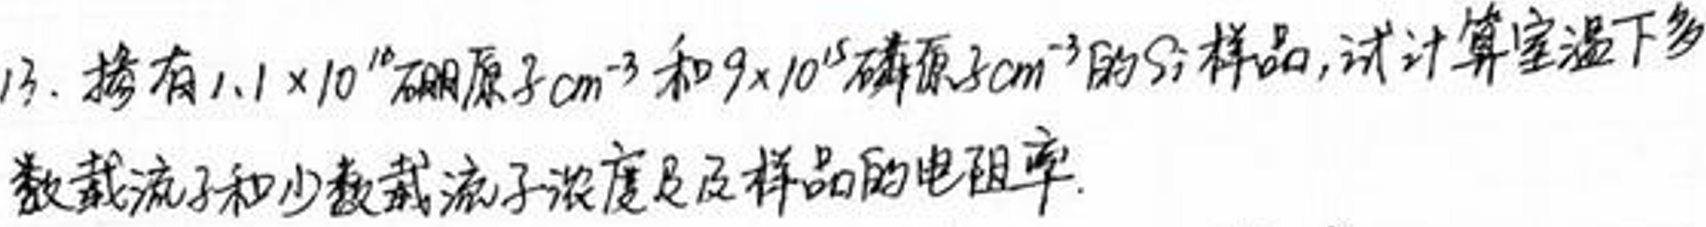
13. 掺有\(1.1\times10^{16}\)硼原子\(/cm^{3}\)和\(9\times10^{15}\)磷原子\(/cm^{3}\)的\(Si\)样品，试计算室温下多数载流子和少数载流子浓度及该样品的电阻率。